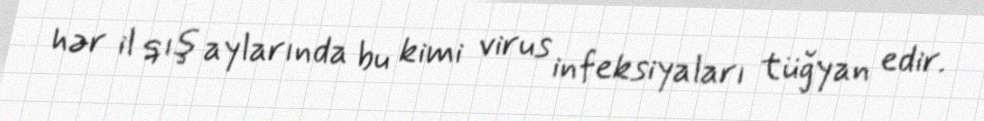
hər il qış aylarında bu kimi virus infeksiyaları tüğyan edir.